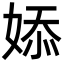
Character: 婖